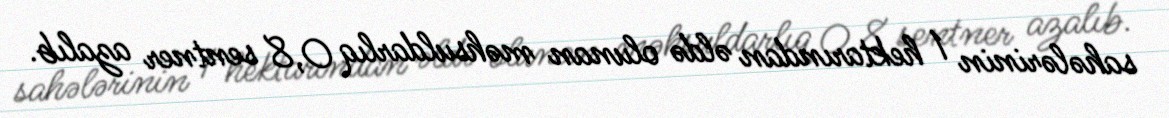
sahələrinin 1 hektarından əldə olunan məhsuldarlıq 0,8 sentner azalıb.